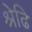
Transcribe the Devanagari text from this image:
श्रेढि